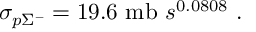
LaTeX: \sigma _ { p \Sigma ^ { - } } = 1 9 . 6 ~ \mathrm { { m b } } ~ s ^ { 0 . 0 8 0 8 } ~ .